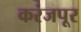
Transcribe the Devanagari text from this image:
करंजपूर